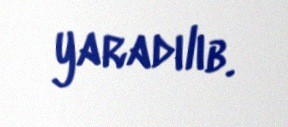
yaradılıb.